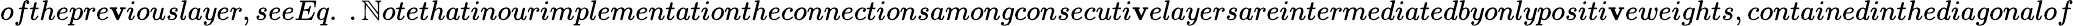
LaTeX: ofthepre\mathbf{v}iouslayer,seeEq.\ .\mathbb{N}otethatinourimplementationtheconnectionsamongconsecuti\mathbf{v}elayersareintermediatedbyonlypositi\mathbf{v}eweights,containedinthediagonalof